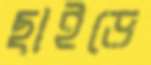
ছাইড়ে